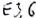
Text: E3.6